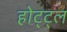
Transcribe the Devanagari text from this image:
होट्ट्ल